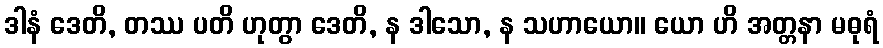
ဒါနံ ဒေတိ, တဿ ပတိ ဟုတွာ ဒေတိ, န ဒါသော, န သဟာယော။ ယော ဟိ အတ္တနာ မဓုရံ